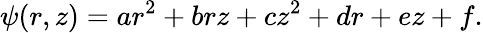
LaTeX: \psi(r,z)=ar^{2}+brz+cz^{2}+dr+ez+f.